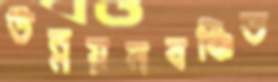
উন্নয়নবঞ্চিত